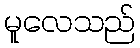
မူလေသည်